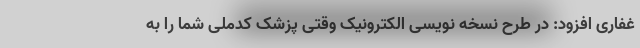
غفاری افزود: در طرح نسخه نویسی الکترونیک وقتی پزشک کدملی شما را به